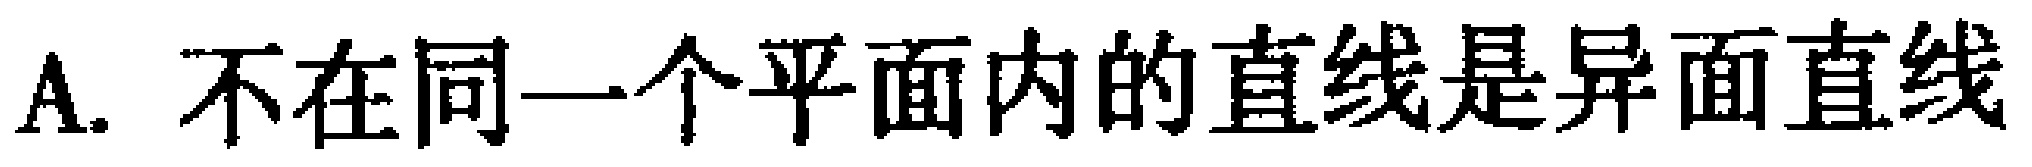
A. 不在同一个平面内的直线是异面直线